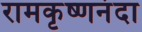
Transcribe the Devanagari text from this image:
रामकृष्णनंदा